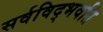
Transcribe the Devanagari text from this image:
सर्वविद्‍भवति